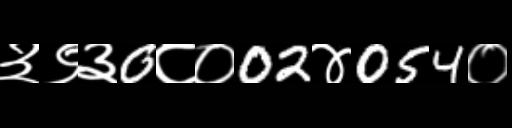
Text: ३९३0८०02४054०